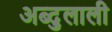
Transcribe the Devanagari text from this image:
अब्दुलाली